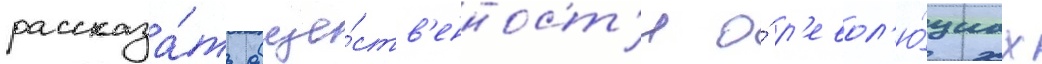
рассказа́ть обще́ств'енност'и о́ р'евол'ю́циах